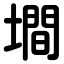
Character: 墹